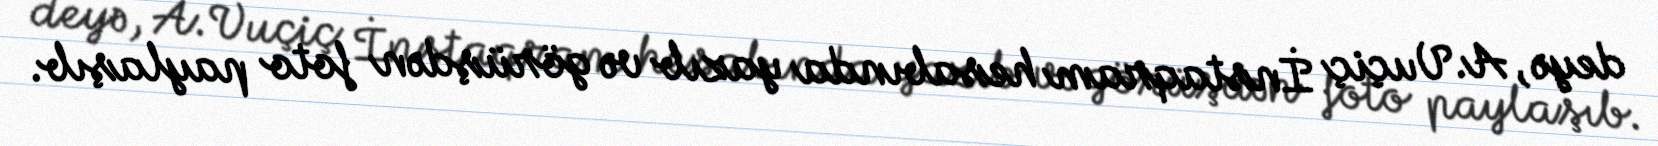
deyə, A.Vuçiç İnstaqram hesabında yazıb və görüşdən foto paylaşıb.